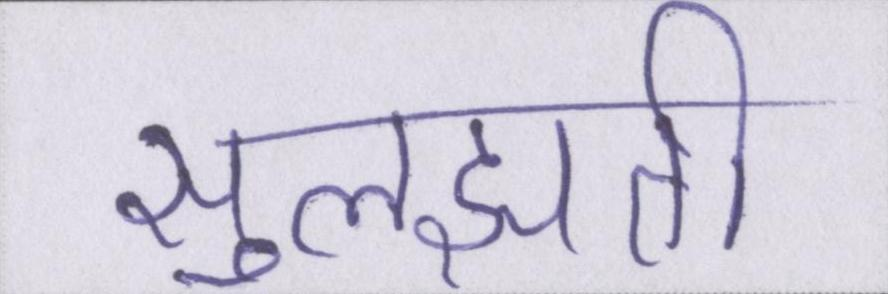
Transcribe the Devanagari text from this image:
सुलझती